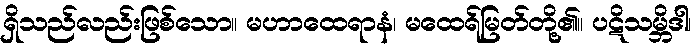
ရှိသည်လည်းဖြစ်သော။ မဟာထေရာနံ၊ မထေရ်မြတ်တို့၏။ ပဋိသမ္ဘိဒါ၊